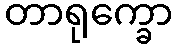
တာရုက္ခော